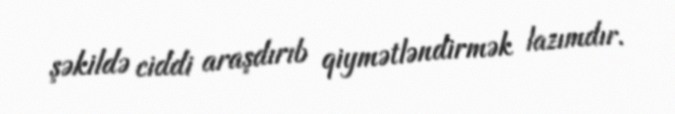
şəkildə ciddi araşdırıb qiymətləndirmək lazımdır.